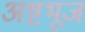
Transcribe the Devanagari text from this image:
अष्टभूज